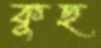
কুছ